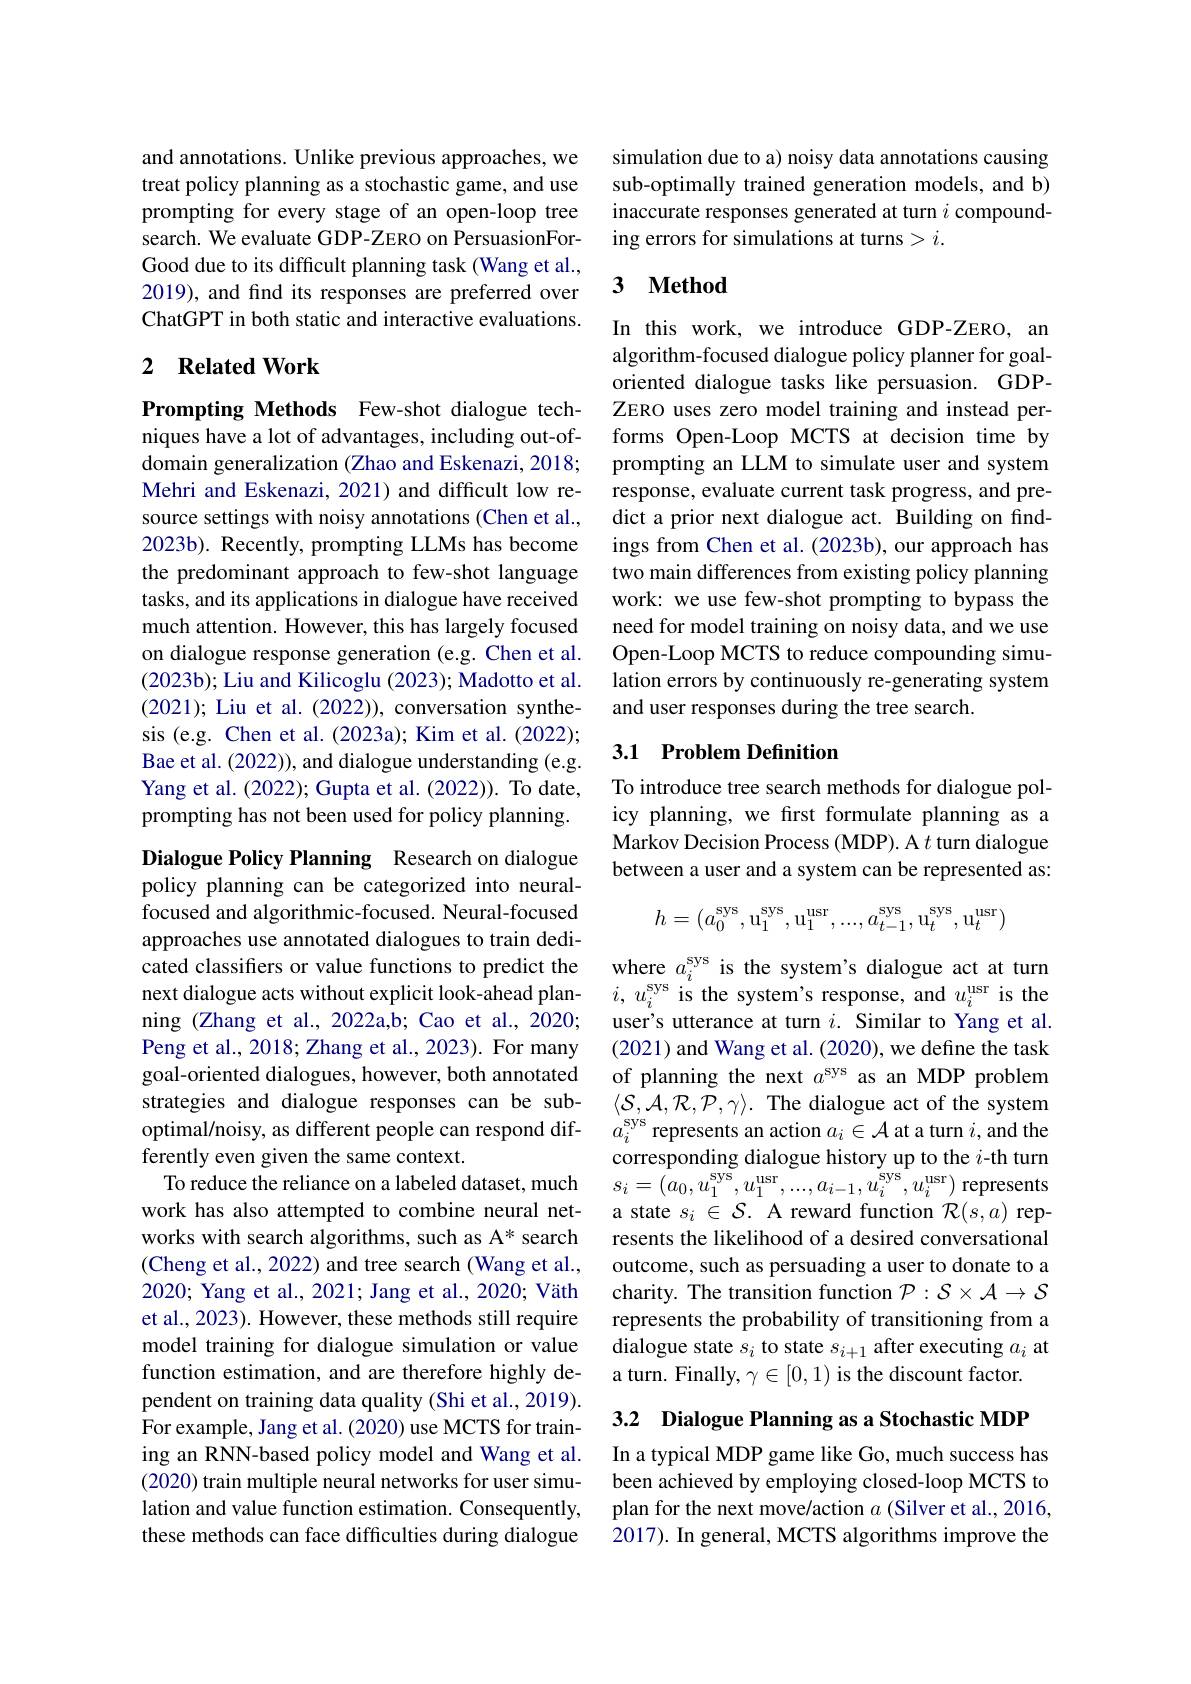
and annotations. Unlike previous approaches, we treat policy planning as a stochastic game, and use prompting for every stage of an open-loop tree search. We evaluate GDP-ZERO on PersuasionForGood due to its difficult planning task (Wang et al., 2019), and find its responses are preferred over ChatGPT in both static and interactive evaluations.

### 2 $\textbf{Related Work}$

Prompting Methods Few-shot dialogue techniques have a lot of advantages, including out-ofdomain generalization (Zhao and Eskenazi, 2018; Mehri and Eskenazi, 2021) and difficult low resource settings with noisy annotations (Chen et al., 2023b). Recently, prompting LLMs has become the predominant approach to few-shot language tasks, and its applications in dialogue have received much attention. However, this has largely focused on dialogue response generation (e.g. Chen et al. $(2023b);$Liu and Kilicoglu (2023); Madotto et al. (2021); Liu et al. (2022)), conversation synthesis (e.g. Chen et al. (2023a); Kim et al. (2022); Bae et al. (2022)), and dialogue understanding (e.g. Yang et al. (2022); Gupta et al. (2022)). To date, prompting has not been used for policy planning.

Dialogue Policy Planning Research on dialogue policy planning can be categorized into neuralfocused and algorithmic-focused. Neural-focused approaches use annotated dialogues to train dedicated classifers or value functions to predict the next dialogue acts without explicit look-ahead planning (Zhang et al., 2022a,b; Cao et al., 2020; Peng et al., 2018; Zhang et al., 2023). For many goal-oriented dialogues, however, both annotated strategies and dialogue responses can be suboptimal/noisy, as different people can respond differently even given the same context.
To reduce the reliance on a labeled dataset, much work has also attempted to combine neural networks with search algorithms, such as A* search (Cheng et al., 2022) and tree search (Wang et al., 2020; Yang et al., 2021; Jang et al., 2020; Väth et al., 2023). However, these methods still require model training for dialogue simulation or value function estimation, and are therefore highly dependent on training data quality (Shi et al., 2019). For example, Jang et al. (2020) use MCTS for training an RNN-based policy model and Wang et al. (2020) train multiple neural networks for user simulation and value function estimation. Consequently, these methods can face difficulties during dialogue

simulation due to a) noisy data annotations causing sub-optimally trained generation models, and b) inaccurate responses generated at turn $i$ compounding errors for simulations at turns > i.

# 3 Method

In this work, we introduce GDP-ZERO, an algorithm-focused dialogue policy planner for goaloriented dialogue tasks like persuasion. GDPZERO uses zero model training and instead performs Open-Loop MCTS at decision time by prompting an LLM to simulate user and system response, evaluate current task progress, and predict a prior next dialogue act. Building on findings from Chen et al. (2023b), our approach has two main differences from existing policy planning work: we use few-shot prompting to bypass the need for model training on noisy data, and we use Open-Loop MCTS to reduce compounding simulation errors by continuously re-generating system and user responses during the tree search.

## 3.1 Problem Definition

To introduce tree search methods for dialogue policy planning, we frst formulate planning as a Markov Decision Process (MDP). A $t$ turn dialogue between a user and a system can be represented as:
$$h=(a_0^\mathrm{sys},\mathrm{u}_1^\mathrm{sys},\mathrm{u}_1^\mathrm{usr},...,a_{t-1}^\mathrm{sys},\mathrm{u}_t^\mathrm{sys},\mathrm{u}_t^\mathrm{usr})$$
where $a_i^\mathrm{sys}$ is the system's dialogue act at turn $i,u_{i}^{\mathrm{sys}}$ is the system's response, and $u_i^\mathrm{usr}$ is the user's utterance at turn $i.$ Similar to Yang et al. (2021) and Wang et al. (2020), we define the task of planning the next $a^\mathrm{sys}$ as an MDP problem $\langle\mathcal{S},\mathcal{A},\mathcal{R},\mathcal{P},\gamma\rangle.$ The dialogue act of the system $a_i^\mathrm{sys}$ represents an action $a_i\in\mathcal{A}$ at a turn $i$,and the corresponding dialogue history up to the $i$-th turn $s_{i}=(a_{0},u_{1}^{\mathrm{sys}},u_{1}^{\mathrm{usr}},...,a_{i-1},u_{i}^{\mathrm{sys}},u_{i}^{\mathrm{usr}})$ represents a state $s_i\in\mathcal{S}.$ A reward function $\mathcal{R}(s,a)$ represents the likelihood of a desired conversational outcome, such as persuading a user to donate to a charity. The transition function $\mathcal{P}:\mathcal{S}\times\mathcal{A}\to\mathcal{S}$ represents the probability of transitioning from a dialogue state $s_i$ to state $s_i+1$ after executing $a_i$ at a turn. Finally, $\gamma\in[0,1)$ is the discount factor.

3.2 Dialogue Planning as a Stochastic MDP

In a typical MDP game like Go, much success has been achieved by employing closed-loop MCTS to plan for the next move/action $a$ (Silver et al., 2016, 2017). In general, MCTS algorithms improve the